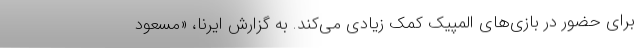
برای حضور در بازی‌های المپیک کمک زیادی می‌کند. به گزارش ایرنا، «مسعود